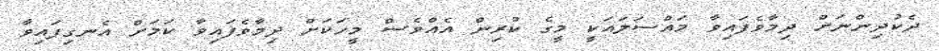
ދެކުދިންނަށް ދިމާވެފައިވާ މައްސަލައަކީ މީގެ ކުރިން އެއްވެސް މީހަކަށް ދިމާވެފައިވާ ކަމަށް އެނގިފައިވާ